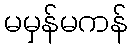
မမှန်မကန်